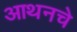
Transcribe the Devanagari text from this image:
आथनचे